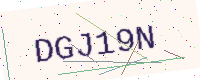
Text: DGJ19N